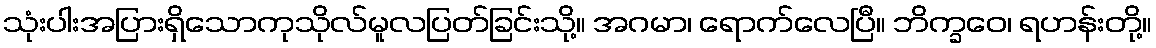
သုံးပါးအပြားရှိသောကုသိုလ်မူလပြတ်ခြင်းသို့။ အဂမာ၊ ရောက်လေပြီ။ ဘိက္ခဝေ၊ ရဟန်းတို့။